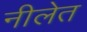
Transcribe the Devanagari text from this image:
नीलेत